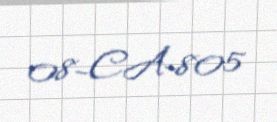
08-CA-805